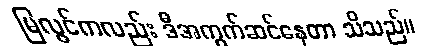
မြလွင်ကလည်း ဒီအကွက်ဆင်နေတာ သိသည်။